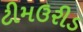
ટીમઉરીડ